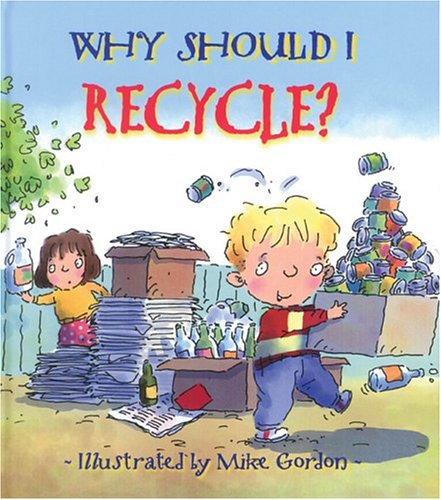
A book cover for Why Should I Recycle? (Why Should I? Books); Jen Green; Children's Books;